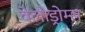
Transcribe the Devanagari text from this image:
वेलोड्रोम्स